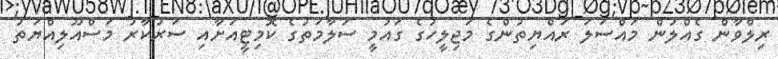
ރިލްވާން ގެއްލުން މައްސަލަ ރައްޔިތުންގެ މަޖިލީހުގެ ގައުމީ ސަލާމަތުގެ ކޮމިޓީއަށާއި ސަރުކާރު މަސްއޫލިއްޔަތު